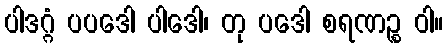
ပါဒဂ္ဂံ ပပဒေါ ပါဒေါ၊ တု ပဒေါ စရဏဉ္စ ဝါ။